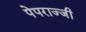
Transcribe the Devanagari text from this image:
पेपराज्जी